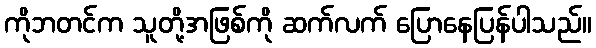
ကိုဘတင်က သူတို့အဖြစ်ကို ဆက်လက် ပြောနေပြန်ပါသည်။